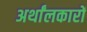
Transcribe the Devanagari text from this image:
अर्थांलकारों